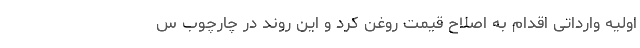
اولیه وارداتی اقدام به اصلاح قیمت روغن کرد و این روند در چارچوب س